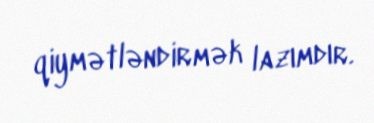
qiymətləndirmək lazımdır.